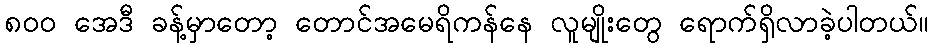
၈၀၀ အေဒီ ခန့်မှာတော့ တောင်အမေရိကန်နေ လူမျိုးတွေ ရောက်ရှိလာခဲ့ပါတယ်။